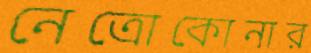
নেত্রোকোনার